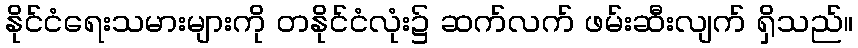
နိုင်ငံရေးသမားများကို တနိုင်ငံလုံး၌ ဆက်လက် ဖမ်းဆီးလျက် ရှိသည်။